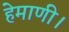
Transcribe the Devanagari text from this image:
हेमाणी।